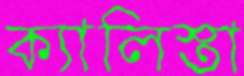
ক্যালিস্তা